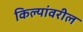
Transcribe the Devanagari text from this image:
किल्यांवरील